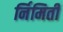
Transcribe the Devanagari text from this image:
र्निमिती